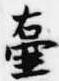
壷